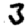
Digit: 3